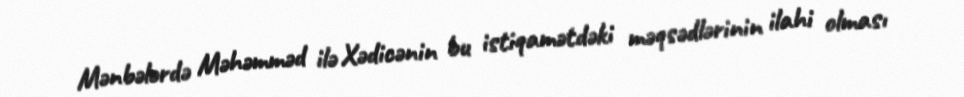
Mənbələrdə Məhəmməd ilə Xədicənin bu istiqamətdəki məqsədlərinin ilahi olması